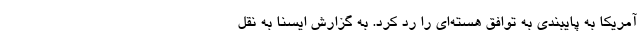
آمریکا به پایبندی به توافق هسته‌ای را رد کرد. به گزارش ایسنا به نقل